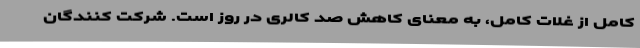
کامل از غلات کامل، به معنای کاهش صد کالری در روز است. شرکت کنندگان